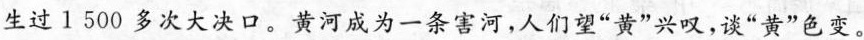
生过1500多次大决口。黄河成为一条害河，人们望“黄”兴叹，谈“黄”色变。